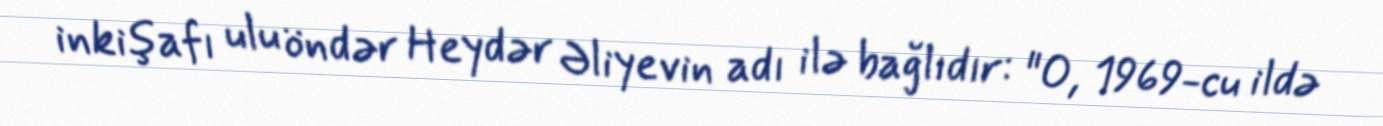
inkişafı ulu öndər Heydər Əliyevin adı ilə bağlıdır: "O, 1969-cu ildə